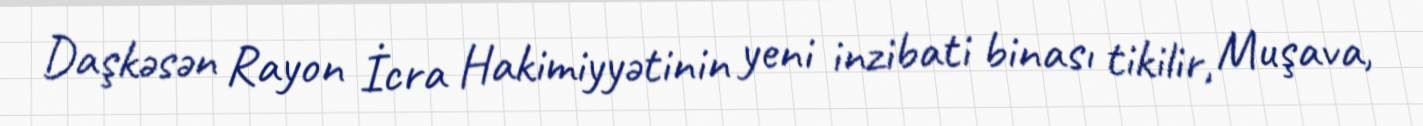
Daşkəsən Rayon İcra Hakimiyyətinin yeni inzibati binası tikilir, Muşava,